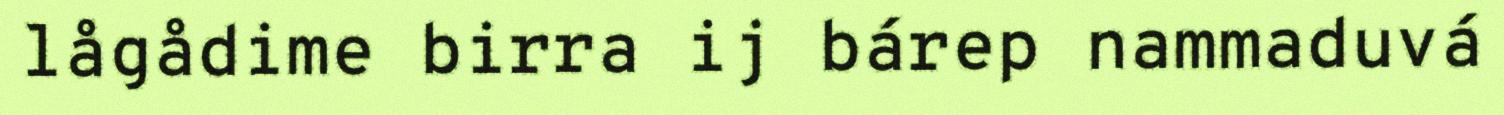
lågådime birra ij bárep nammaduvá